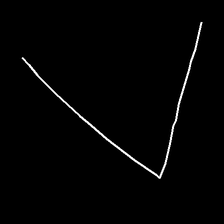
Glyph: region